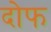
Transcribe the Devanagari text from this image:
दोफ